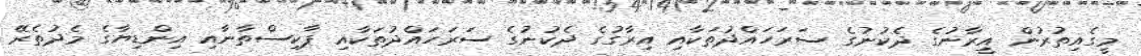
މީގެއިތުރުން އީރާނުގެ ދެކުނުގެ ސަރަހައްދުތަކާއި އިރާގުގެ ދެކުނުގެ ސަރަހައްދުތަކާއި ޕާކިސްތާނާއި އިންޑިޔާގެ މެދުތެރޭ